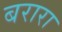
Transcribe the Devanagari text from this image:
बरारा